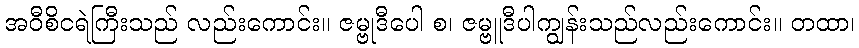
အဝီစိငရဲကြီးသည် လည်းကောင်း။ ဇမ္ဗုဒီပေါ စ၊ ဇမ္ဗူဒီပါကျွန်းသည်လည်းကောင်း။ တထာ၊